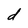
Character: d